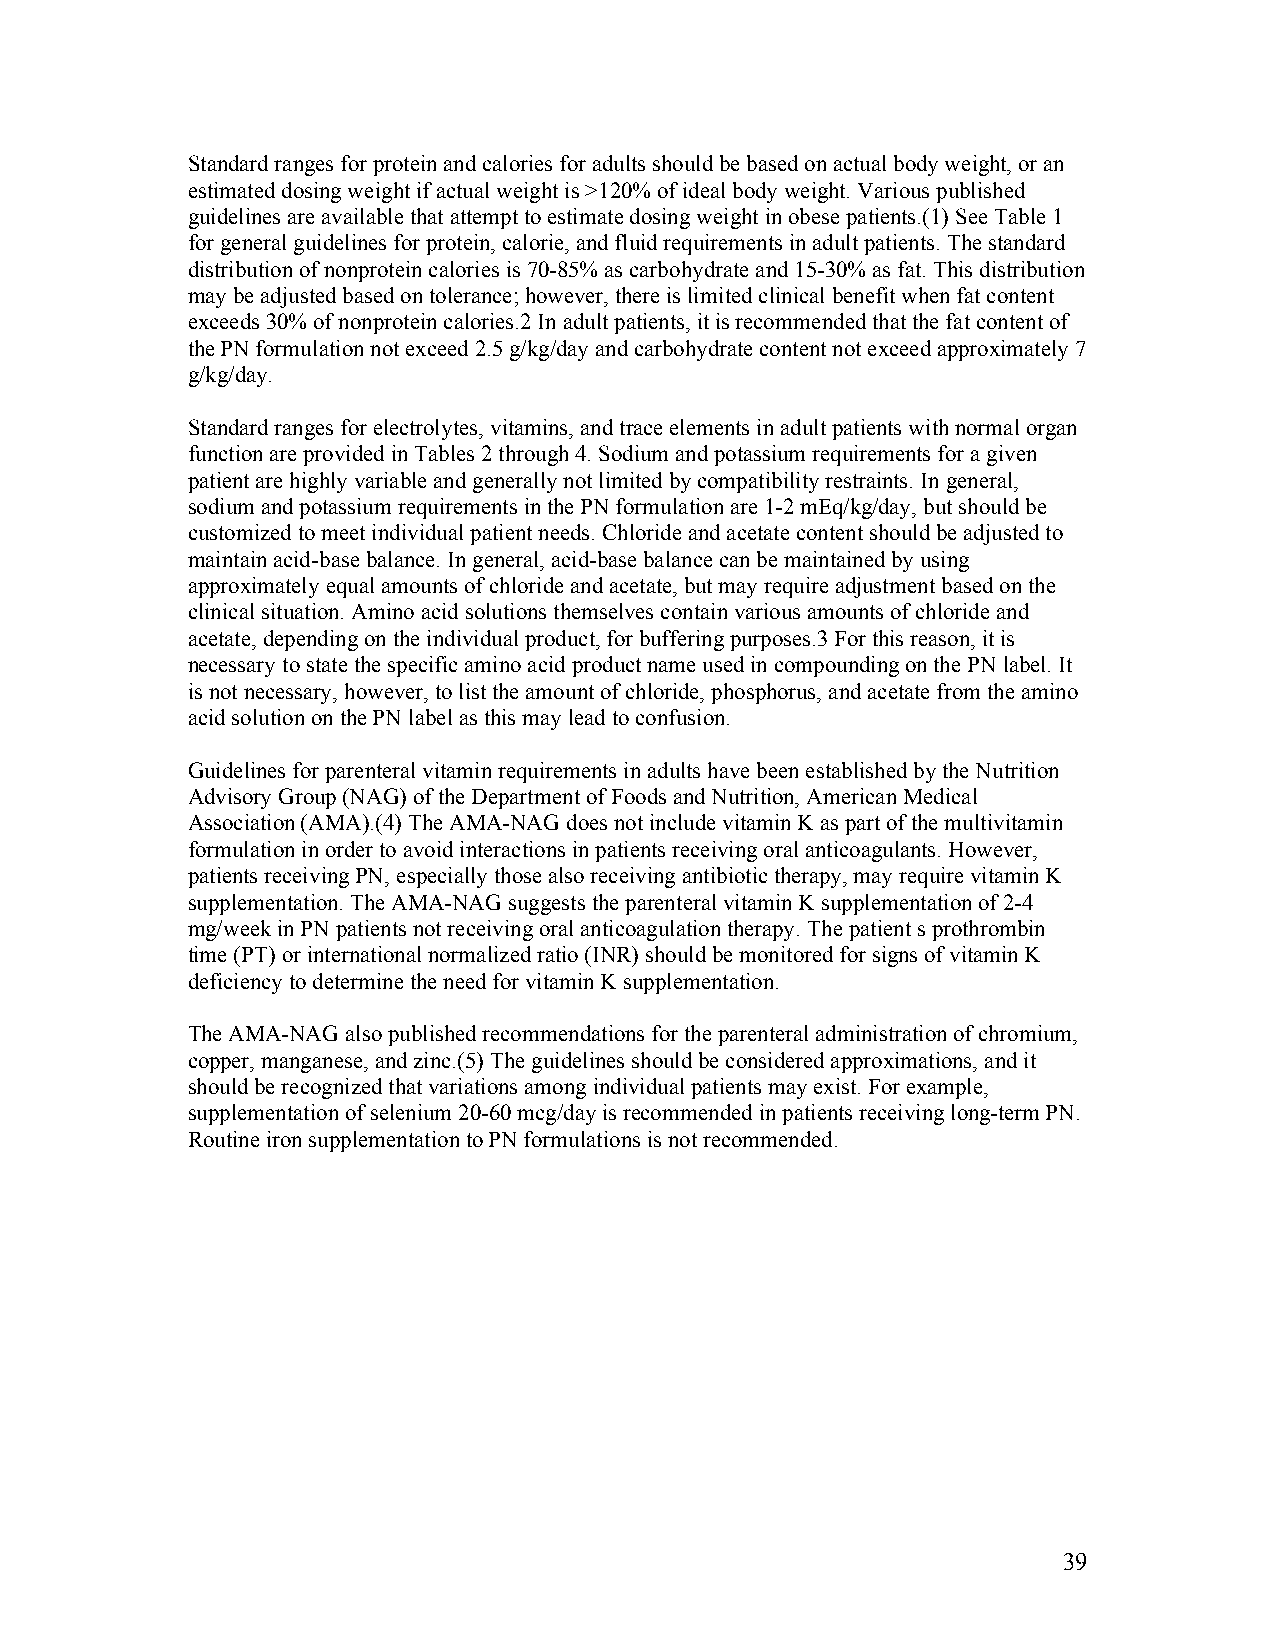
Standard ranges for protein and calories for adults should be based on actual body weight, or an
 estimated dosing weight if actual weight is >120% of ideal body weight. Various published
 guidelines are available that attempt to estimate dosing weight in obese patients.(1) See Table 1
 for general guidelines for protein, calorie, and fluid requirements in adult patients. The standard
 distribution of nonprotein calories is 70-85% as carbohydrate and 15-30% as fat. This distribution
 may be adjusted based on tolerance; however, there is limited clinical benefit when fat content
 exceeds 30% of nonprotein calories.2 In adult patients, it is recommended that the fat content of
 the PN formulation not exceed 2.5 g/kg/day and carbohydrate content not exceed approximately 7
 g/kg/day.
 Standard ranges for electrolytes, vitamins, and trace elements in adult patients with normal organ
 function are provided in Tables 2 through 4. Sodium and potassium requirements for a given
 patient are highly variable and generally not limited by compatibility restraints. In general,
 sodium and potassium requirements in the PN formulation are 1-2 mEq/kg/day, but should be
 customized to meet individual patient needs. Chloride and acetate content should be adjusted to
 maintain acid-base balance. In general, acid-base balance can be maintained by using
 approximately equal amounts of chloride and acetate, but may require adjustment based on the
 clinical situation. Amino acid solutions themselves contain various amounts of chloride and
 acetate, depending on the individual product, for buffering purposes.3 For this reason, it is
 necessary to state the specific amino acid product name used in compounding on the PN label. It
 is not necessary, however, to list the amount of chloride, phosphorus, and acetate from the amino
 acid solution on the PN label as this may lead to confusion.
 Guidelines for parenteral vitamin requirements in adults have been established by the Nutrition
 Advisory Group (NAG) of the Department of Foods and Nutrition, American Medical
 Association (AMA).(4) The AMA-NAG does not include vitamin K as part of the multivitamin
 formulation in order to avoid interactions in patients receiving oral anticoagulants. However,
 patients receiving PN, especially those also receiving antibiotic therapy, may require vitamin K
 supplementation. The AMA-NAG suggests the parenteral vitamin K supplementation of 2-4
 mg/week in PN patients not receiving oral anticoagulation therapy. The patient s prothrombin
 time (PT) or international normalized ratio (INR) should be monitored for signs of vitamin K
 deficiency to determine the need for vitamin K supplementation.
 The AMA-NAG also published recommendations for the parenteral administration of chromium,
 copper, manganese, and zinc.(5) The guidelines should be considered approximations, and it
 should be recognized that variations among individual patients may exist. For example,
 supplementation of selenium 20-60 mcg/day is recommended in patients receiving long-term PN.
 Routine iron supplementation to PN formulations is not recommended.
 39